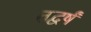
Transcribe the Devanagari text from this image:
तद्वर्षं